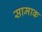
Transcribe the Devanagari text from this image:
सामाक